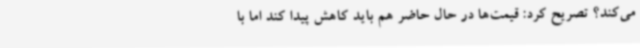
می‌کند؟ تصریح کرد: قیمت‌ها در حال حاضر هم باید کاهش پیدا کند اما با